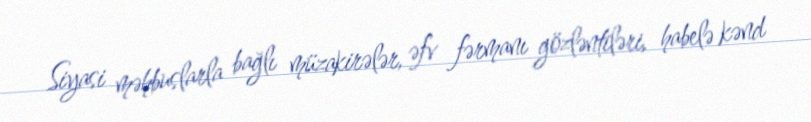
Siyasi məhbuslarla bağlı müzakirələr, əfv fərmanı gözləntiləri, habelə kənd